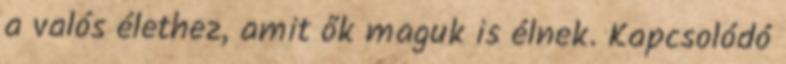
a valós élethez, amit ők maguk is élnek. Kapcsolódó